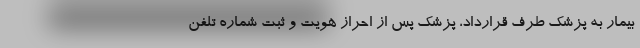
بیمار به پزشک طرف قرارداد، پزشک پس از احراز هویت و ثبت شماره تلفن